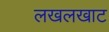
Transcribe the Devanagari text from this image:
लखलखाट